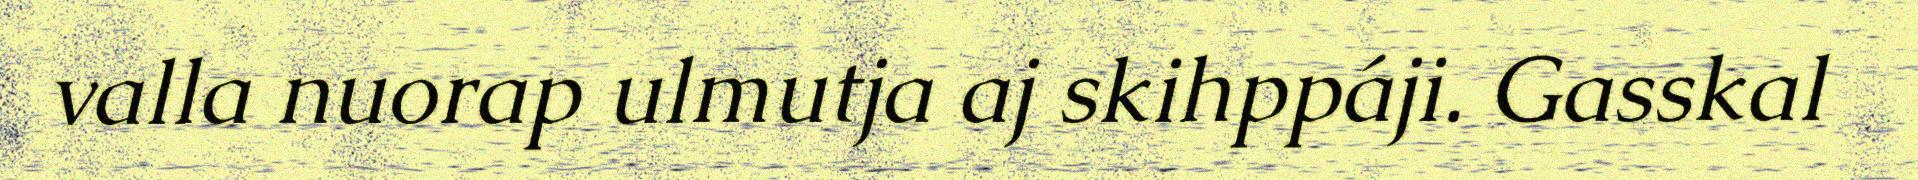
valla nuorap ulmutja aj skihppáji. Gasskal